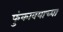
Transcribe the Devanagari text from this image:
फुंकावयाच्या